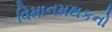
વિમાનમથકનો